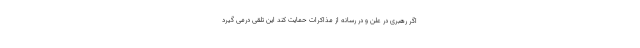
اگر رهبری در علن و در رسانه از مذاکرات حمایت کند این تلقی درمی گیرد